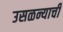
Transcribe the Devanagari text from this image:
उसळन्याची